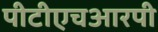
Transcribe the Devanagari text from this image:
पीटीएचआरपी